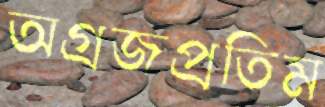
অগ্রজপ্রতিম